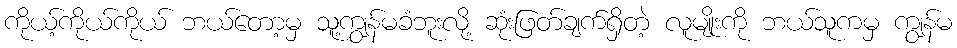
ကိုယ့်ကိုယ်ကိုယ် ဘယ်တော့မှ သူ့ကျွန်မခံဘူးလို့ ဆုံးဖြတ်ချက်ရှိတဲ့ လူမျိုးကို ဘယ်သူကမှ ကျွန်မ